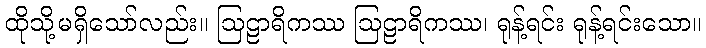
ထိုသို့မရှိသော်လည်း။ ဩဠာရိကဿ ဩဠာရိကဿ၊ ရုန့်ရင်း ရုန့်ရင်းသော။